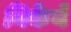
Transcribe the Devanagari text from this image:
निकेने